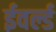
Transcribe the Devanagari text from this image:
ईवर्ल्ड